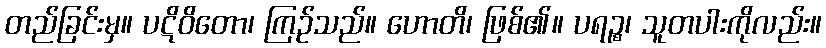
တည်ခြင်းမှ။ ပဋိဝိတော၊ ကြဉ်သည်။ ဟောတိ၊ ဖြစ်၏။ ပရဉ္စ၊ သူတပါးကိုလည်း။